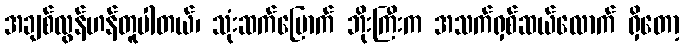
အချစ်လွန်ဟန်တူပါတယ်၊ သုံးဆက်မြောက် ဘိုးကြီးက အသက်ရှစ်ဆယ်လောက် ရှိတော့